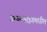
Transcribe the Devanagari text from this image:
ब्राउनश्वाइगमधील